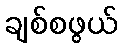
ချစ်စဖွယ်